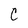
Character: c